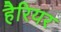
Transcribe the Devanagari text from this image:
हैरियर